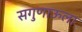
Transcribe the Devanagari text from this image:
सगुणाऊला